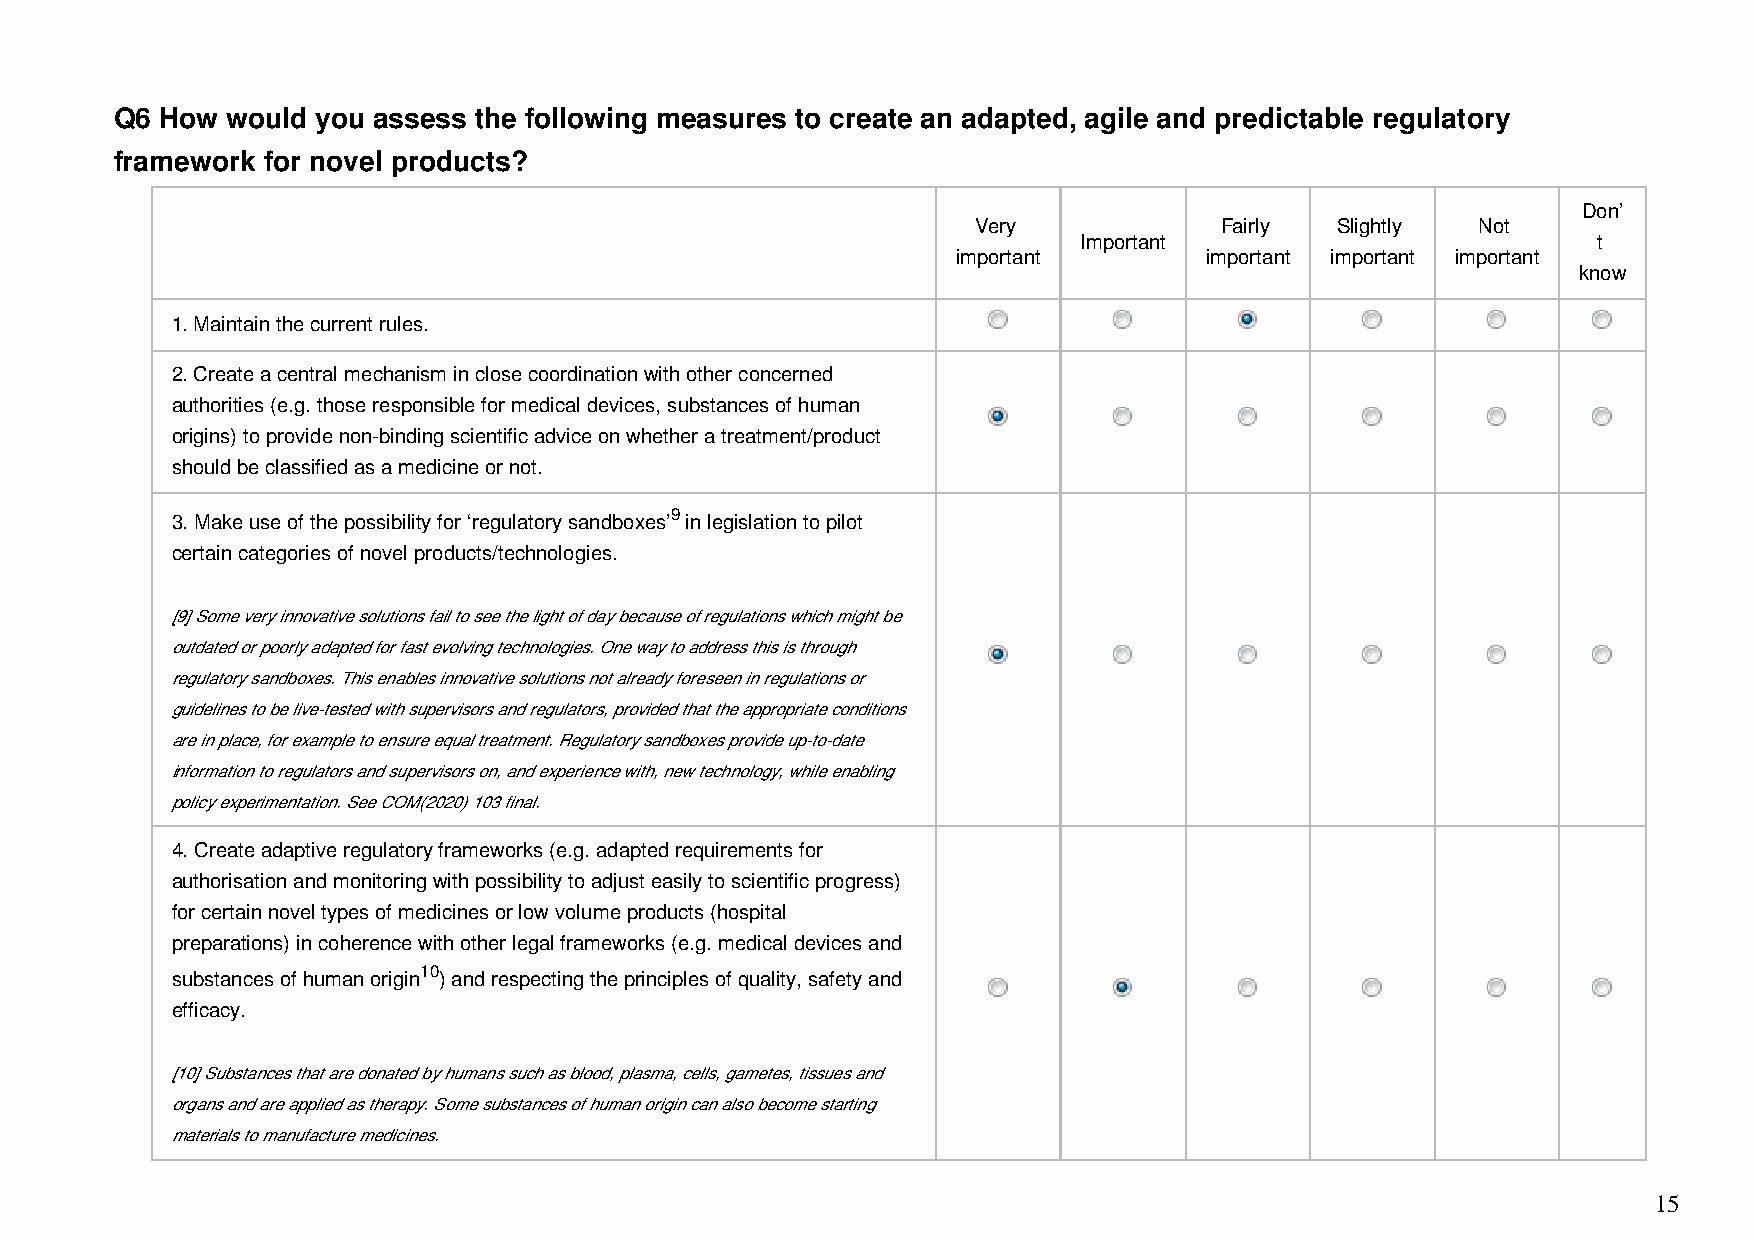
Q6 How would you assess the following measures to create an adapted, agile and predictable regulatory
 framework for novel products?
 Don’
 Very             Fairly Slightly  Not
 Important                          t
 important        important important important
 know
 1. Maintain the current rules.
 2. Create a central mechanism in close coordination with other concerned
 authorities (e.g. those responsible for medical devices, substances of human
 origins) to provide non-binding scientific advice on whether a treatment/product
 should be classified as a medicine or not.
 3. Make use of the possibility for ‘regulatory sandboxes’9 in legislation to pilot
 certain categories of novel products/technologies.
 [9] Some very innovative solutions fail to see the light of day because of regulations which might be
 outdated or poorly adapted for fast evolving technologies. One way to address this is through
 regulatory sandboxes. This enables innovative solutions not already foreseen in regulations or
 guidelines to be live-tested with supervisors and regulators, provided that the appropriate conditions
 are in place, for example to ensure equal treatment. Regulatory sandboxes provide up-to-date
 information to regulators and supervisors on, and experience with, new technology, while enabling
 policy experimentation. See COM(2020) 103 final.
 4. Create adaptive regulatory frameworks (e.g. adapted requirements for
 authorisation and monitoring with possibility to adjust easily to scientific progress)
 for certain novel types of medicines or low volume products (hospital
 preparations) in coherence with other legal frameworks (e.g. medical devices and
 substances of human origin10) and respecting the principles of quality, safety and
 efficacy.
 [10] Substances that are donated by humans such as blood, plasma, cells, gametes, tissues and
 organs and are applied as therapy. Some substances of human origin can also become starting
 materials to manufacture medicines.
 15